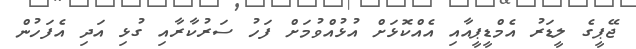
ޖޭޕީގެ ލީޑަރު އެމްޑީޕީއާއި އެއްކޮޅަށް އުޅުއްވުމަށް ފަހު ސަރުކާރާއި ގުޅި އަދި އެފަހުން